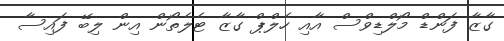
ގާޒާ ފަންޑް މޯލްޑިވްސް އާއި ހެލްޕް ގާޒާ ޓެލެތޯން އިން ލިބޭ ފައިސާ